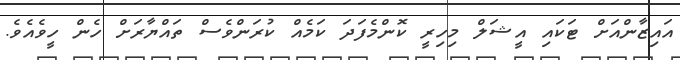
އައިޒާންއަށް ޓަކައި އީޝަލް މިހިރީ ކޮންމެފަދަ ކަމެއް ކުރަންވެސް ތައްޔާރަށް ހެން ހީވެއެވެ.